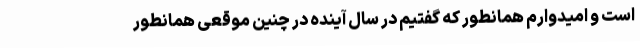
است و امیدوارم همانطور که گفتیم در سال آینده در چنین موقعی همانطور